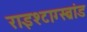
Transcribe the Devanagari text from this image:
राइश्टाग्स्ब्रांड